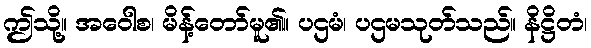
ဤသို့။ အဝေါစ၊ မိန့်တော်မူ၏။ ပဌမံ၊ ပဌမသုတ်သည်။ နိဋ္ဌိတံ၊